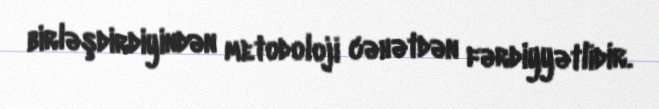
birləşdirdiyindən metodoloji cəhətdən fərdiyyətlidir.